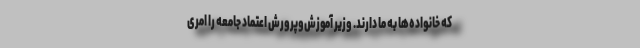
که خانواده‌ها به ما دارند. وزیر آموزش‌وپرورش اعتماد جامعه را امری